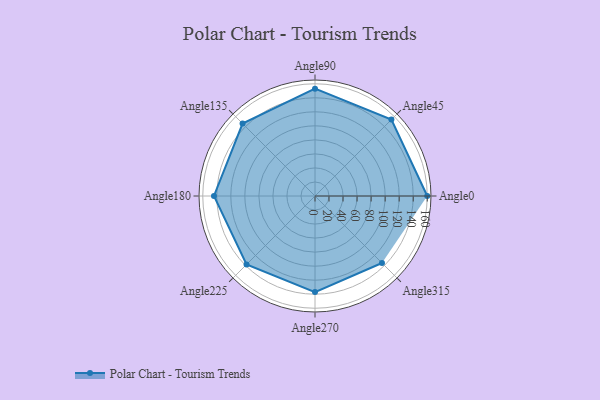
{"axis": {"x": "Angle", "y": "Radius"}, "legend": [""], "data": [{"x": "Angle0", "y": 160.0, "type": ""}, {"x": "Angle45", "y": 154.0, "type": ""}, {"x": "Angle90", "y": 153.0, "type": ""}, {"x": "Angle135", "y": 146.0, "type": ""}, {"x": "Angle180", "y": 144.0, "type": ""}, {"x": "Angle225", "y": 138.0, "type": ""}, {"x": "Angle270", "y": 137.0, "type": ""}, {"x": "Angle315", "y": 135.0, "type": ""}]}